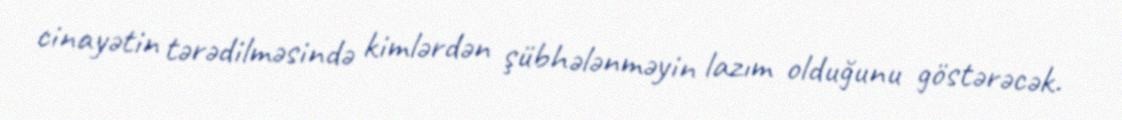
cinayətin tərədilməsində kimlərdən şübhələnməyin lazım olduğunu göstərəcək.